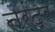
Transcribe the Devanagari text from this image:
नरंद्र